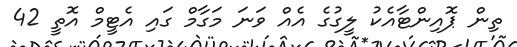
ތިން ޕޮއިންޓާއެކު ލީގުގެ އެއް ވަނަ މަގާމް ގައި އެޓީމް އޮތީ 42